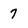
Character: 7